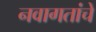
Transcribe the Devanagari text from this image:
नवागतांचे